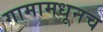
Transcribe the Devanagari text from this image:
गामामधूनच